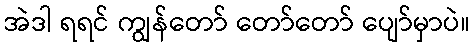
အဲဒါ ရရင် ကျွန်တော် တော်တော် ပျော်မှာပဲ။